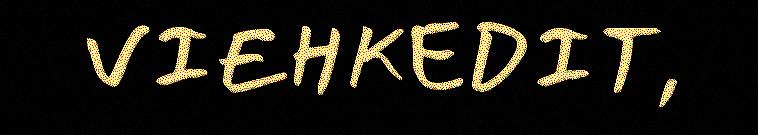
VIEHKEDIT,